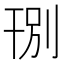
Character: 𱜽